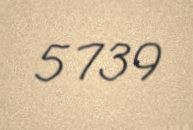
5 739